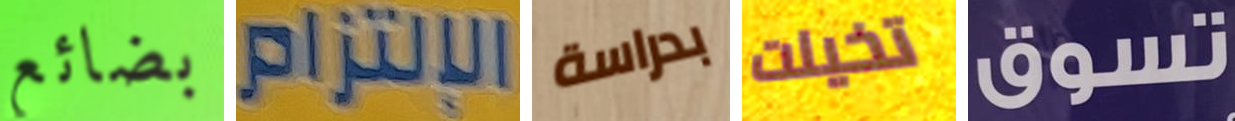
بضائع الإلتزام بدراسة تخيلت تسوق